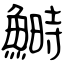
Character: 鰣